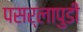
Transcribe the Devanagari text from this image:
पसर्लापुडी